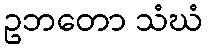
ဥဘတော သံဃံ